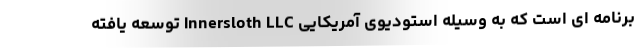
برنامه ای است که به وسیله استودیوی آمریکایی Innersloth LLC توسعه یافته